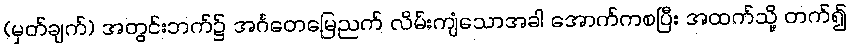
(မှတ်ချက်) အတွင်းဘက်၌ အင်္ဂတေမြေညက် လိမ်းကျံသောအခါ အောက်ကစပြီး အထက်သို့ တက်၍